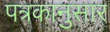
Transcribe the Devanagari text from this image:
पत्रकानुसार